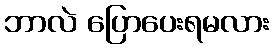
ဘာလဲ ပြောပေးရမလား